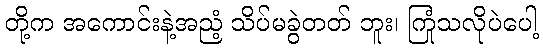
တို့က အကောင်းနဲ့အညံ့ သိပ်မခွဲတတ် ဘူး၊ ကြုံသလိုပဲပေါ့